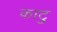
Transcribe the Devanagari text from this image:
काटु